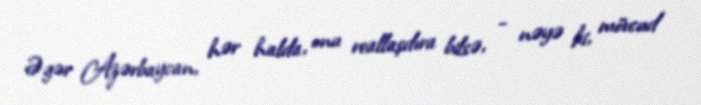
Əgər Azərbaycan, hər halda, onu reallaşdıra bilsə, - nəyə ki, mövcud